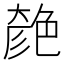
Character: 𦫞